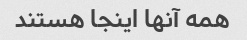
همه آنها اینجا هستند